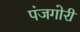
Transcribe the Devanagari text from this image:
पंजगोरी